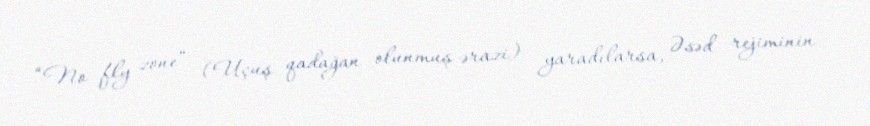
“No fly zone” (Uçuş qadağan olunmuş ərazi) yaradılarsa, Əsəd rejiminin